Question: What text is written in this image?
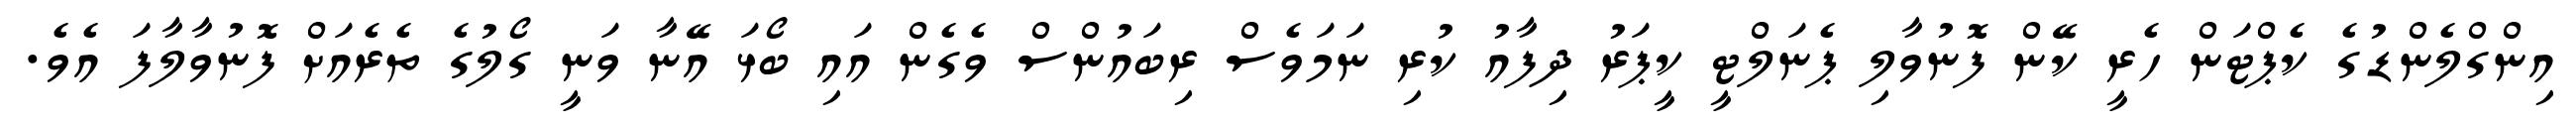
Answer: އިންގްލެންޑުގެ ކެޕްޓަން ހެރީ ކޭން ފޮނުވާލި ޕެނަލްޓީ ކީޕަރު ދިފާއު ކުރި ނަމަވެސް ރިބައުންސް ވެގެން އައި ބޯޅަ އޭނާ ވަނީ ގޯލުގެ ތެރެއަށް ފޮނުވާލާފަ އެވެ.